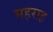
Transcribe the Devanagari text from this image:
महराह